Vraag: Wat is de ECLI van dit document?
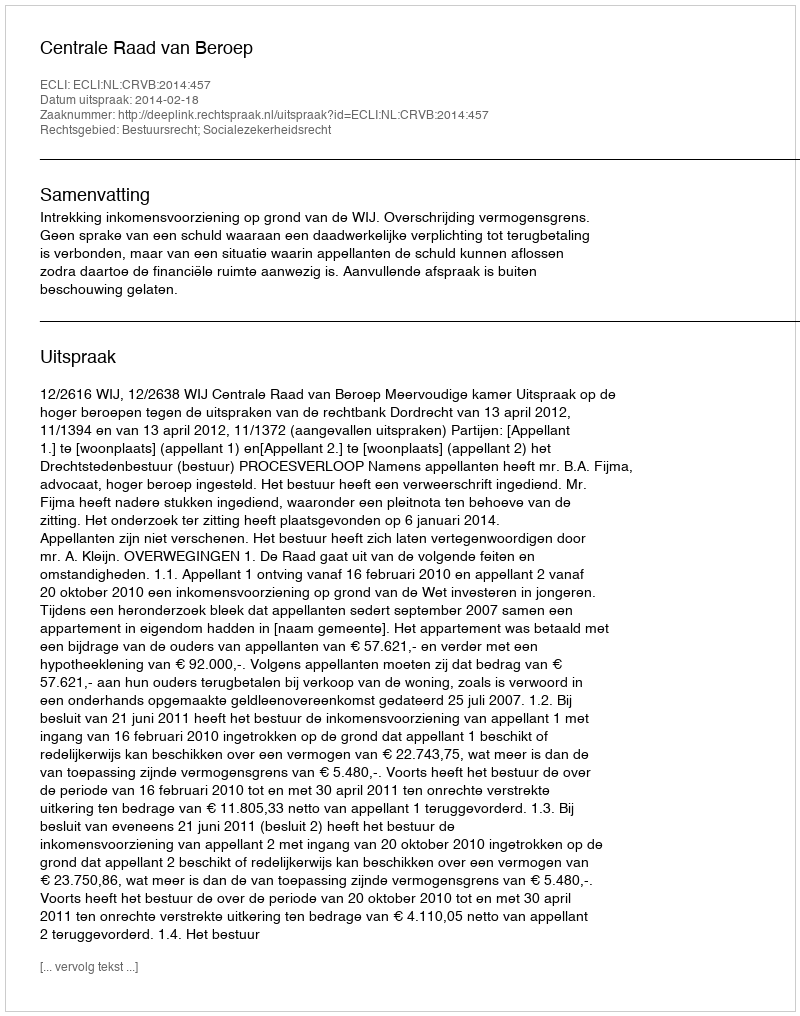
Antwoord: ECLI:NL:CRVB:2014:457